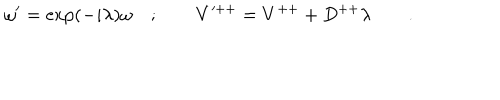
\omega ^ { \prime } = \exp ( - i \lambda ) \omega \quad ; \qquad V ^ { + + } = V ^ { + + } + D ^ { + + } \lambda \qquad .